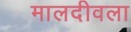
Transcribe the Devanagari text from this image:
मालदीवला